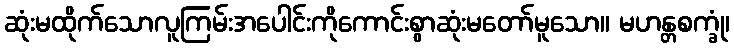
ဆုံးမထိုက်သောလူကြမ်းအပေါင်းကိုကောင်းစွာဆုံးမတော်မူသော။ မဟန္တစက္ခုံ၊